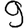
Digit: 9